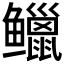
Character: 𫚭